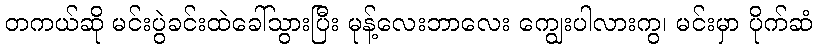
တကယ်ဆို မင်းပွဲခင်းထဲခေါ်သွားပြီး မုန့်လေးဘာလေး ကျွေးပါလားကွ၊ မင်းမှာ ပိုက်ဆံ